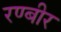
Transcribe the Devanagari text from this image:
रण्बीर